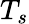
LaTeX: T_{s}